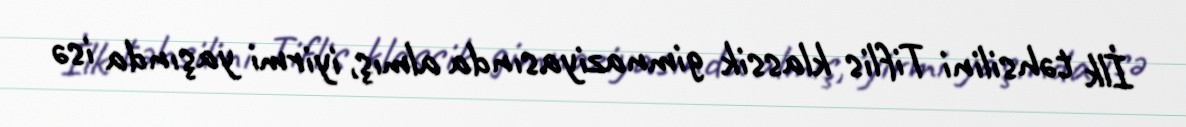
İlk təhsilini Tiflis klassik gimnaziyasında almış, iyirmi yaşında isə